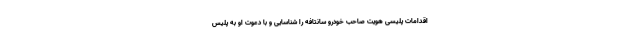
اقدامات پلیسی هویت صاحب خودرو سانتافه را شناسایی و با دعوت او به پلیس